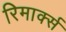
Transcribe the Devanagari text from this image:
रिमार्क्स